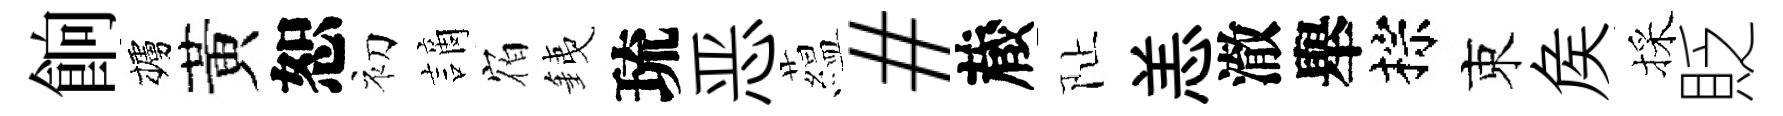
餉櫨黃恕初謫𪧐銕琉恶藴#蔵阯恙澈舉棕束矦採貶